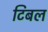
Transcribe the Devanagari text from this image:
टिबल